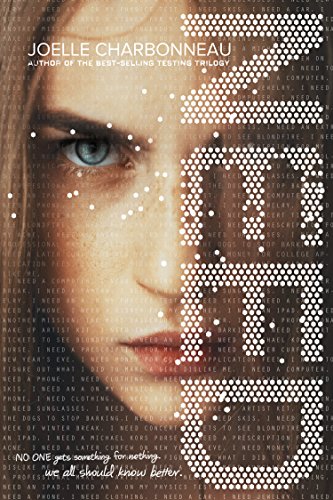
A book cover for NEED; Joelle Charbonneau; Teen & Young Adult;